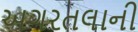
અગરતલાની